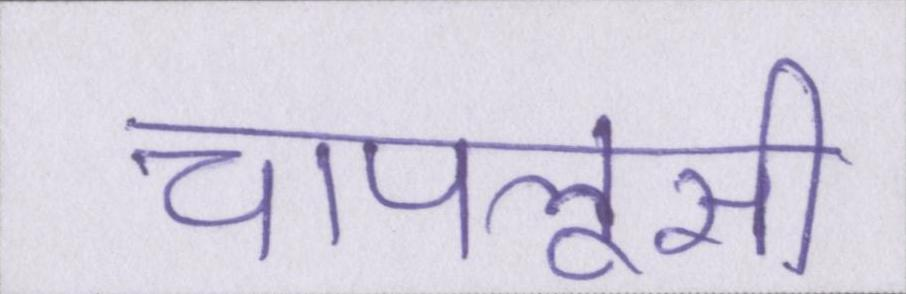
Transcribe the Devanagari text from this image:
चापलूसी